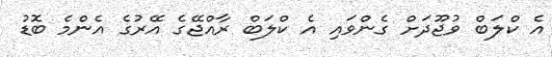
އެ ކްލަބް ވުޖޫދަށް ގެންވަައި އެ ކްލަބް ރާއްޖޭގެ އޭރުގެ އެންމެ ބޮޑު